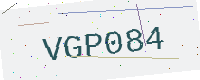
Text: VGP084